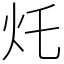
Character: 灹